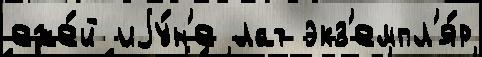
еже́й иjу́н'е лат экз'емпл'я́р